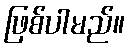
ဖြစ်ပါမည်။